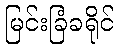
မြင်းခြံခရိုင်